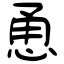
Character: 恿